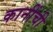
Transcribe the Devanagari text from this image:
कानींची